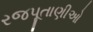
રજપૂતાણીઓ